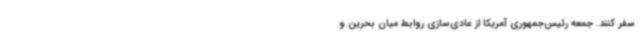
سفر کنند. جمعه رئیس‌جمهوری آمریکا از عادی‌سازی روابط میان بحرین و